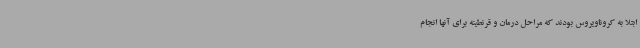
ابتلا به کروناویروس بودند که مراحل درمان و قرنطینه برای آنها انجام